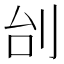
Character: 刣